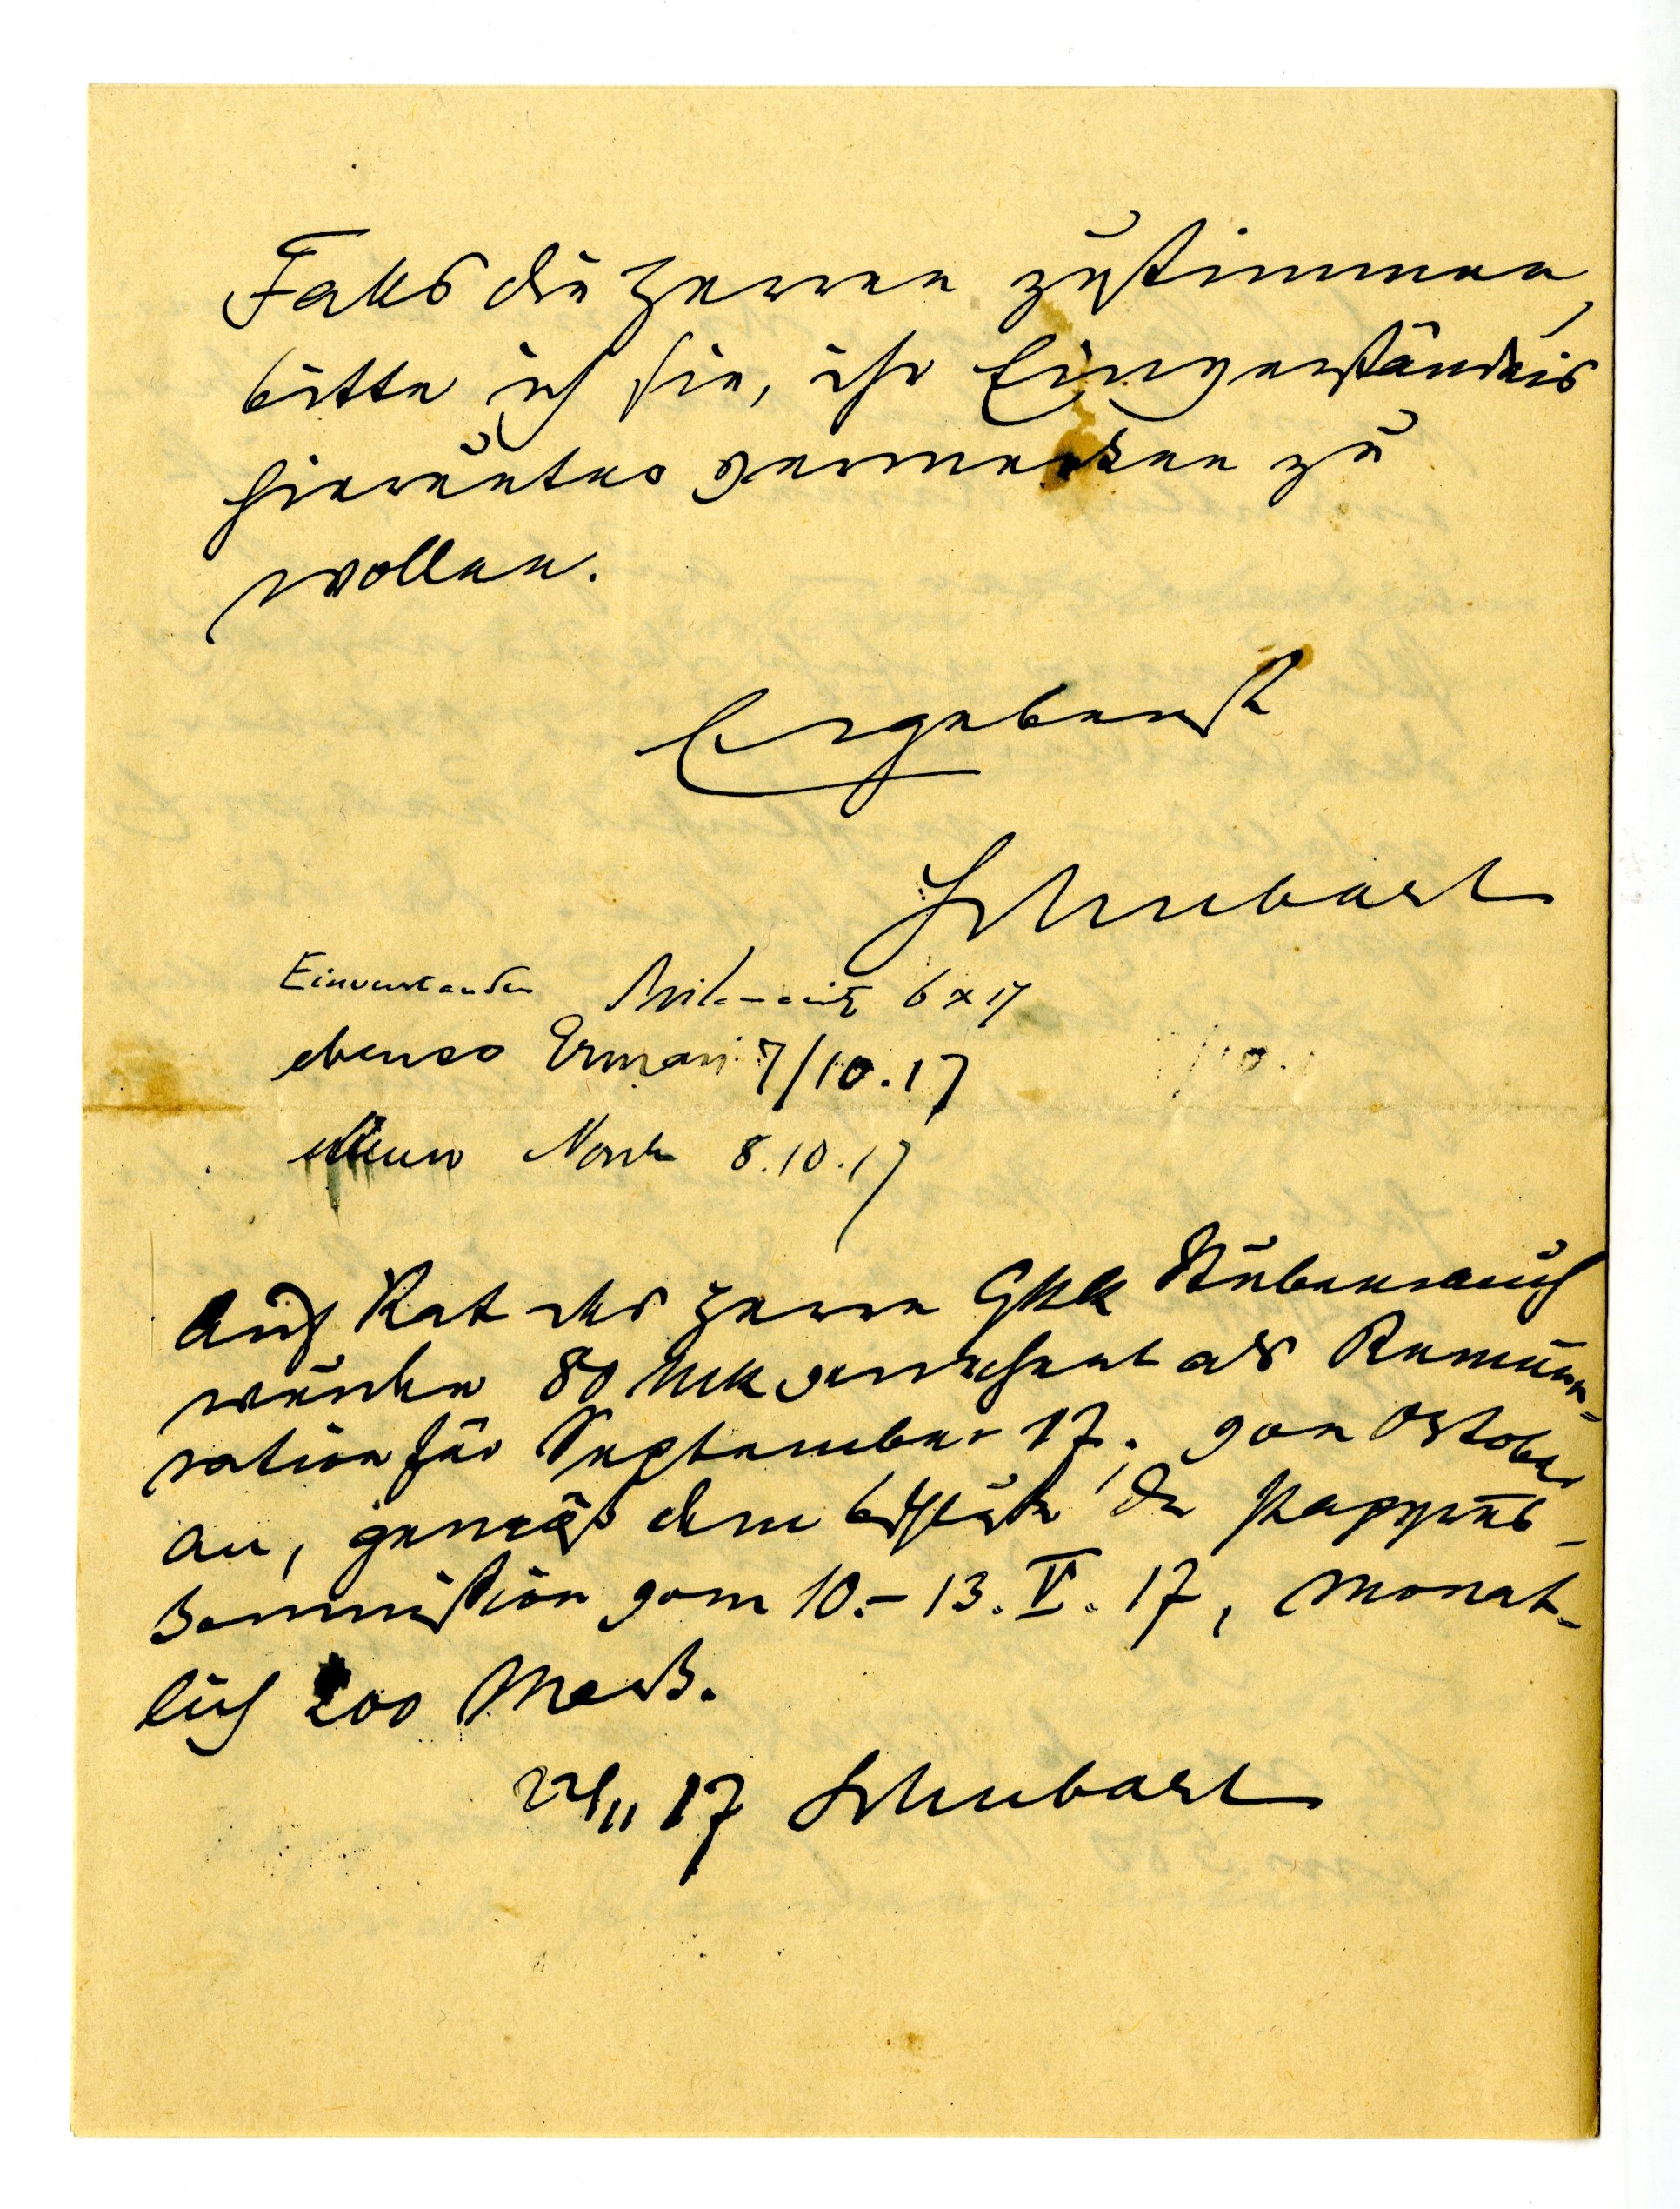
Falls die Herren zustimmen
bitte ich Sie, ihr Eingeständnis
hierunter vermerken zu
wollen
Ergebenst
Schubart
Einverstanden Wilamowitz 6 17
ebenso ERman 7/10.17
ebenso Norden 8.10.17
Auf Rat des Herrn GRR Stubenrauch
wurde 80 Mk verrechnet als Remune¬
ration für September 17; von Oktober
an, gemäß dem Beschluss der Papyrus¬
kommission vom 10.-13.V. 17, monat¬
lich 200 Mark.
24,,17 Schubart